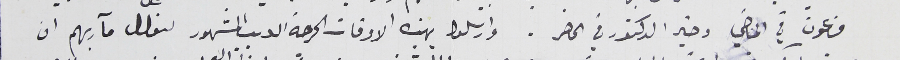
فرعون في الماضي وخير الدكتور في الحاضر. وارسلوا بهذه الاوقات الحرجة الديب المشهور لنوال مآربهم ان